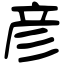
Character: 彦